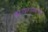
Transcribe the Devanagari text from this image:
काव्यशास्त्राच्या